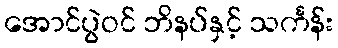
အောင်ပွဲဝင် ဘိနပ်နှင့် သင်္ကန်း